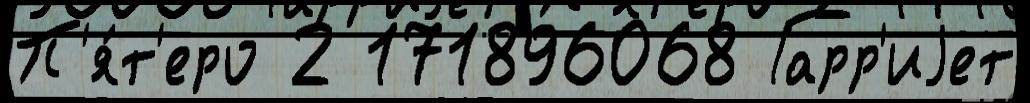
П'я́т'еро 2 171896068 Гарр'иjет